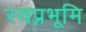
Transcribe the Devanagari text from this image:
स्वप्नभूमि